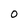
Character: 0